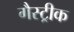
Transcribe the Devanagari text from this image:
गैस्ट्रीक